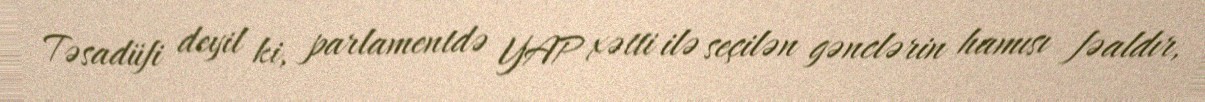
Təsadüfi deyil ki, parlamentdə YAP xətti ilə seçilən gənclərin hamısı fəaldır,